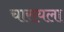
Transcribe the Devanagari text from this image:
चारायला